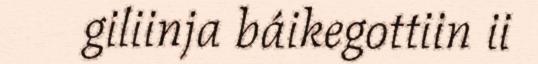
giliinja báikegottiin ii